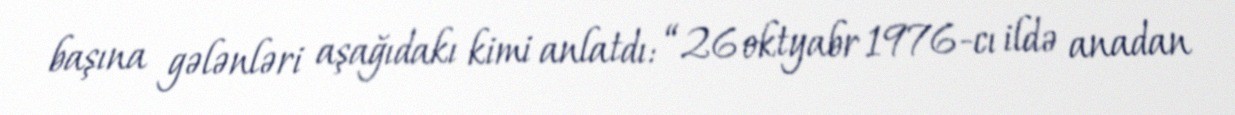
başına gələnləri aşağıdakı kimi anlatdı: “26 oktyabr 1976-cı ildə anadan